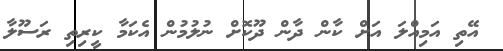
އޭތި އަމިއްލަ އަށް ކާން ދާން ދޫކޮށް ނުލުމުން އެކަމާ ކީރިތި ރަސޫލާ